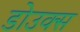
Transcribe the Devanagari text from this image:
डोउक्स